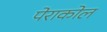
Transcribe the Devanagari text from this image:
पेराकोल